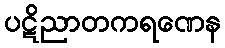
ပဋိညာတကရဏေန